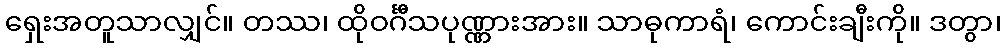
ရှေးအတူသာလျှင်။ တဿ၊ ထိုဝင်္ဂီသပုဏ္ဏားအား။ သာဓုကာရံ၊ ကောင်းချီးကို။ ဒတွာ၊